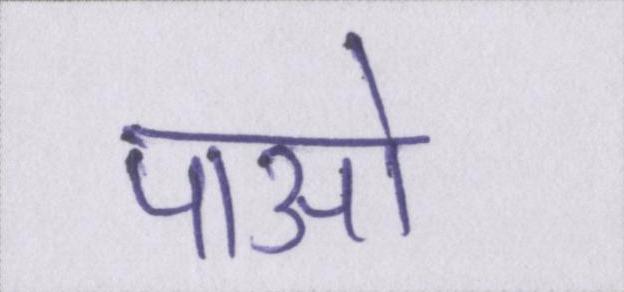
पाओ